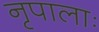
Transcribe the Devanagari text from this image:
नृपालाः